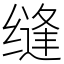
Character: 缝